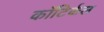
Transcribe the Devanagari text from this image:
कॉटिर्कल